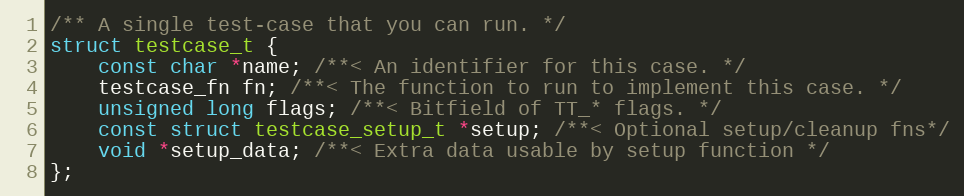
Language: C
/** A single test-case that you can run. */
struct testcase_t {
	const char *name; /**< An identifier for this case. */
	testcase_fn fn; /**< The function to run to implement this case. */
	unsigned long flags; /**< Bitfield of TT_* flags. */
	const struct testcase_setup_t *setup; /**< Optional setup/cleanup fns*/
	void *setup_data; /**< Extra data usable by setup function */
};